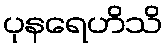
ပုနရေဟိသိ